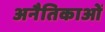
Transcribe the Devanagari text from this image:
अनैतिकाओं